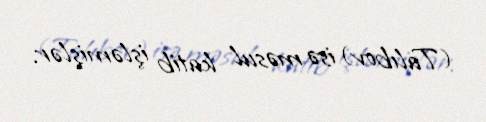
(Talıbov) isə məsul katib işləmişlər.